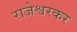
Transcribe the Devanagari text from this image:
राजेश्वरकर